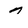
Character: 7